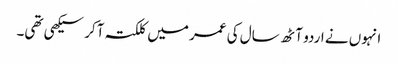
انہوں نے اردو آٹھ سال کی عمر میں کلکتہ آکر سیکھی تھی۔